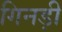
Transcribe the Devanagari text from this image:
गिनड़ी